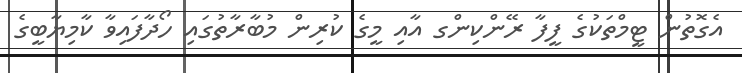
އެގޮތުން ޓީމްތަކުގެ ފީފާ ރޭންކިންގ އާއި މީގެ ކުރިން މުބާރާތުގައި ހޯދާފައިވާ ކާމިޔާބީގެ